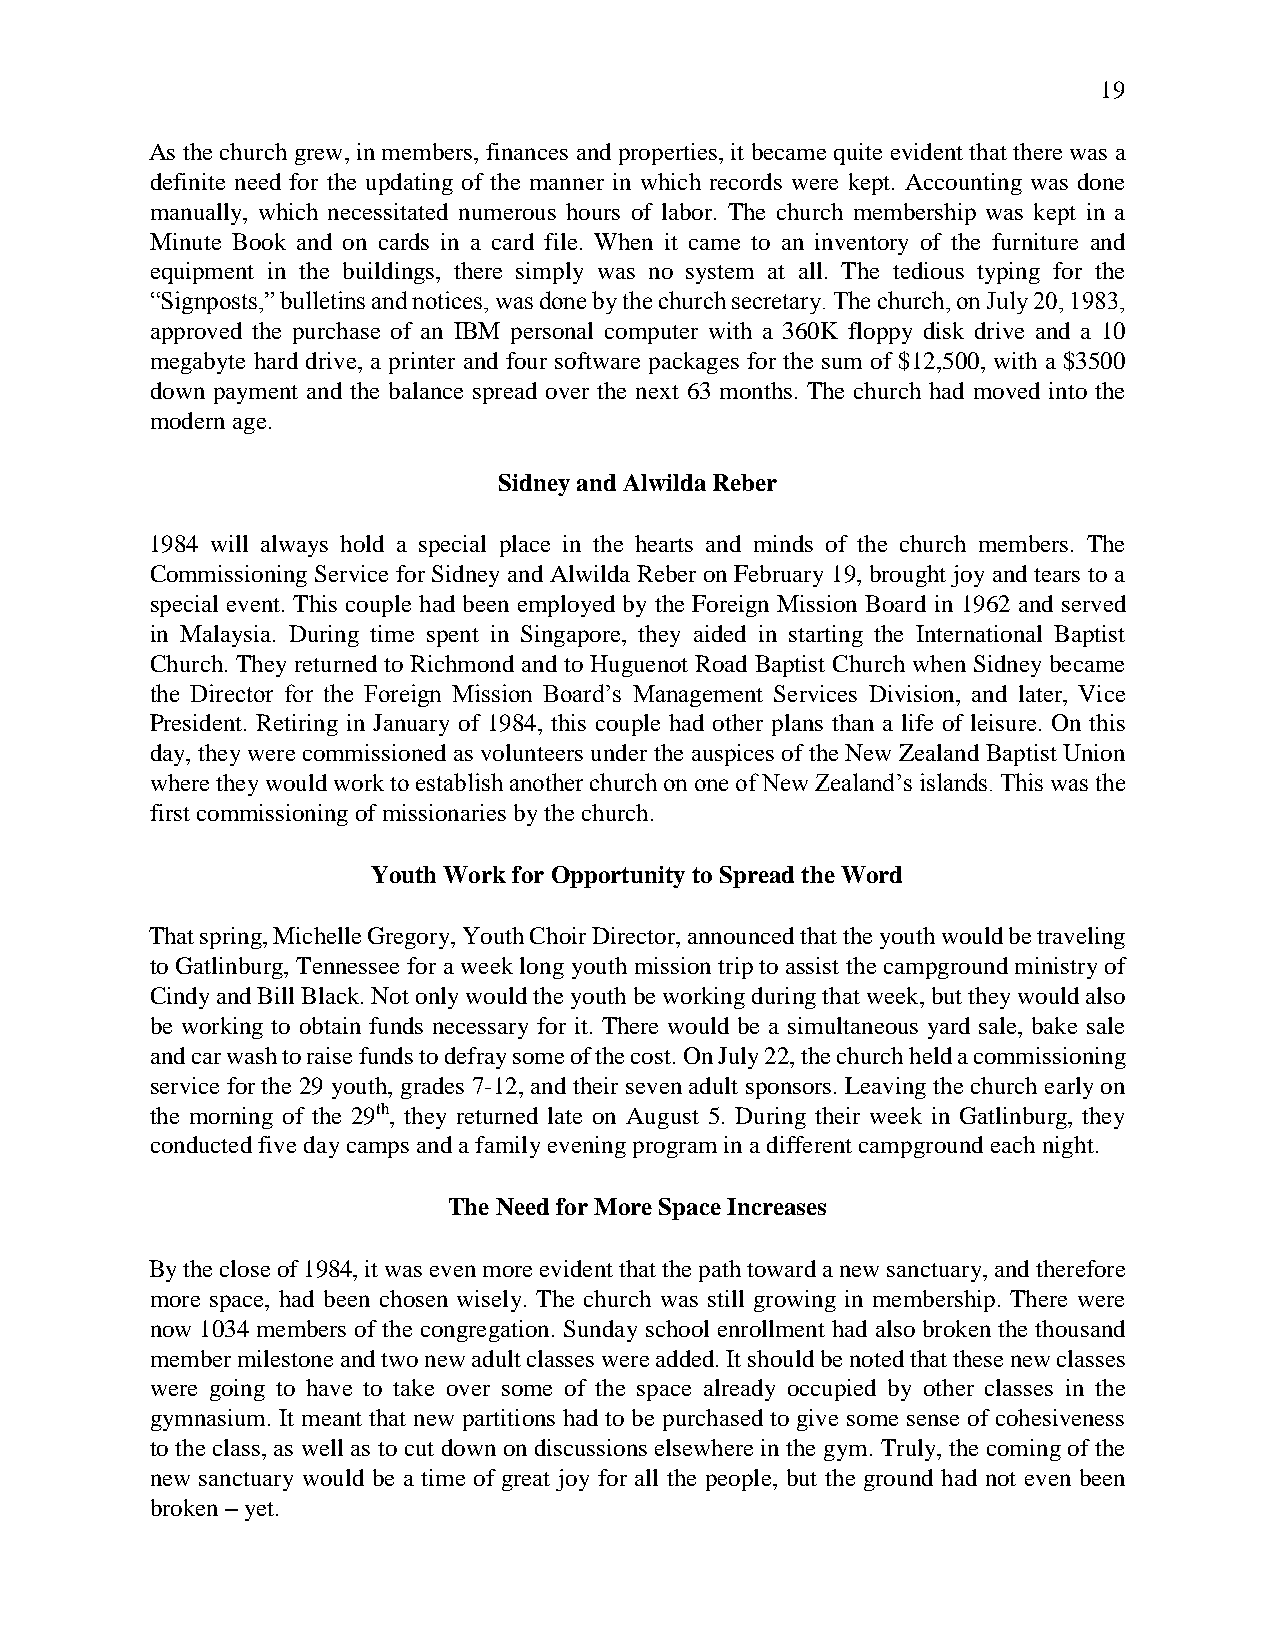
19
 As the church grew, in members, finances and properties, it became quite evident that there was a
 definite need for the updating of the manner in which records were kept. Accounting was done
 manually, which necessitated numerous hours of labor. The church membership was kept in a
 Minute Book and on cards in a card file. When it came to an inventory of the furniture and
 equipment in the buildings, there simply was no system at all. The tedious typing for the
 “Signposts,” bulletins and notices, was done by the church secretary. The church, on July 20, 1983,
 approved the purchase of an IBM personal computer with a 360K floppy disk drive and a 10
 megabyte hard drive, a printer and four software packages for the sum of $12,500, with a $3500
 down payment and the balance spread over the next 63 months. The church had moved into the
 modern age.
 Sidney and Alwilda Reber
 1984 will always hold a special place in the hearts and minds of the church members. The
 Commissioning Service for Sidney and Alwilda Reber on February 19, brought joy and tears to a
 special event. This couple had been employed by the Foreign Mission Board in 1962 and served
 in Malaysia. During time spent in Singapore, they aided in starting the International Baptist
 Church. They returned to Richmond and to Huguenot Road Baptist Church when Sidney became
 the Director for the Foreign Mission Board’s Management Services Division, and later, Vice
 President. Retiring in January of 1984, this couple had other plans than a life of leisure. On this
 day, they were commissioned as volunteers under the auspices of the New Zealand Baptist Union
 where they would work to establish another church on one of New Zealand’s islands. This was the
 first commissioning of missionaries by the church.
 Youth Work for Opportunity to Spread the Word
 That spring, Michelle Gregory, Youth Choir Director, announced that the youth would be traveling
 to Gatlinburg, Tennessee for a week long youth mission trip to assist the campground ministry of
 Cindy and Bill Black. Not only would the youth be working during that week, but they would also
 be working to obtain funds necessary for it. There would be a simultaneous yard sale, bake sale
 and car wash to raise funds to defray some of the cost. On July 22, the church held a commissioning
 service for the 29 youth, grades 7-12, and their seven adult sponsors. Leaving the church early on
 the morning of the 29th, they returned late on August 5. During their week in Gatlinburg, they
 conducted five day camps and a family evening program in a different campground each night.
 The Need for More Space Increases
 By the close of 1984, it was even more evident that the path toward a new sanctuary, and therefore
 more space, had been chosen wisely. The church was still growing in membership. There were
 now 1034 members of the congregation. Sunday school enrollment had also broken the thousand
 member milestone and two new adult classes were added. It should be noted that these new classes
 were going to have to take over some of the space already occupied by other classes in the
 gymnasium. It meant that new partitions had to be purchased to give some sense of cohesiveness
 to the class, as well as to cut down on discussions elsewhere in the gym. Truly, the coming of the
 new sanctuary would be a time of great joy for all the people, but the ground had not even been
 broken – yet.